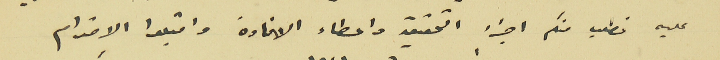
عليه نطلب منكم اجراء التحقيق واعطاء الافادة واقبلوا الاحترام